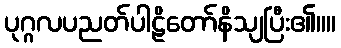
ပုဂ္ဂလပညတ်ပါဠိတော်နိသျပြီး၏။။